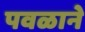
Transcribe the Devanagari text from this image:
पवळाने